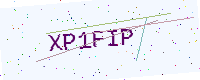
Text: XP1FIP